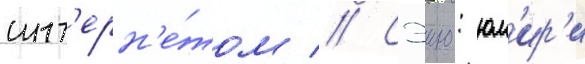
инт'ерн'е́том // Сэию: юм'ир'и